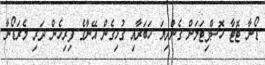
ޑޯނާ ޓޮޓާ ހޮސްޕިޓަލަށް ގެންދިޔަ ހަބަރާއި ގުޅިގެން އޭނާގެ ފިރިހެން ދަރި މެރަޑޯނާ